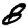
Digit: 8